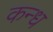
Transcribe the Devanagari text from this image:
कन्ध